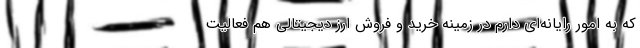
که به امور رایانه‌ای دارم در زمینه خرید و فروش ارز دیجیتالی هم فعالیت